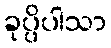
ခုပ္ပိပါသာ